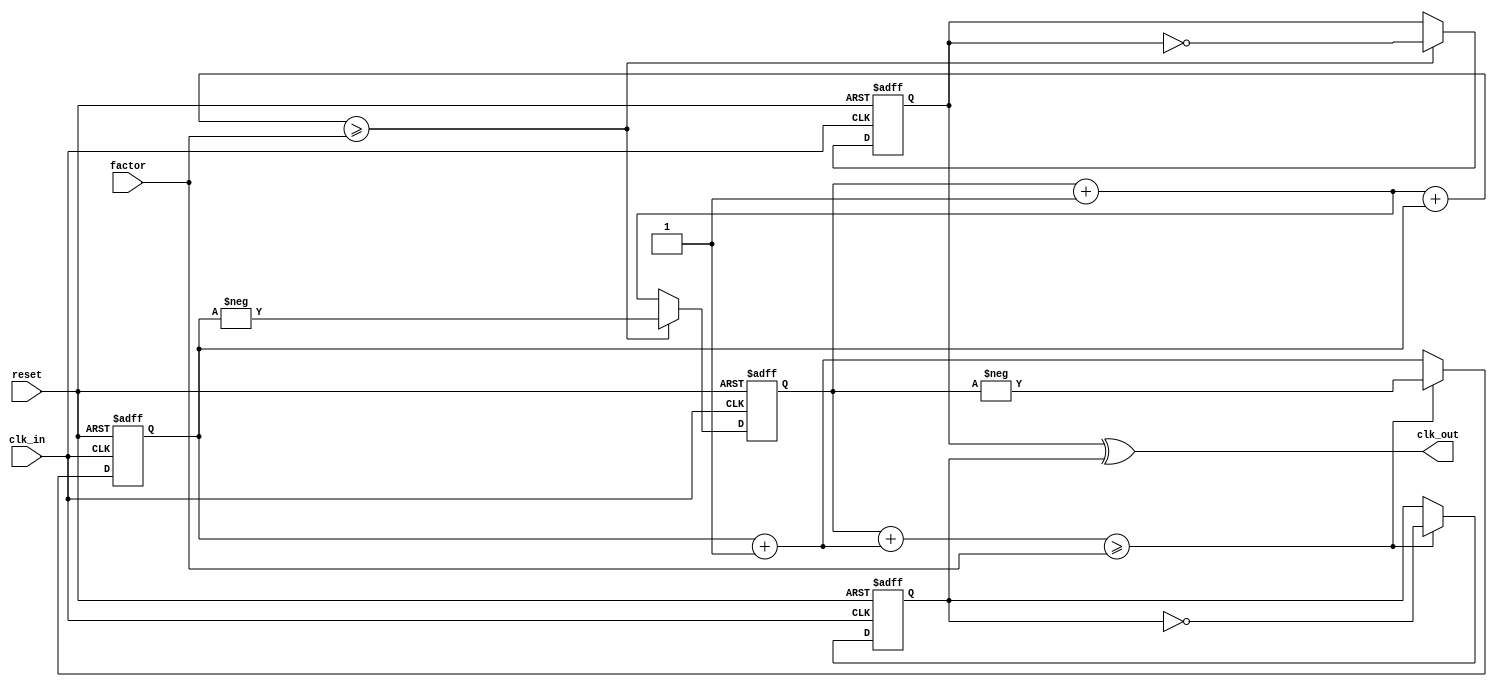
module clk_divider (
	input reset,
	input [31:0] factor,
	input clk_in,
	output clk_out
);

reg [31:0] ctr_p;
reg [31:0] ctr_n;
reg out_p;
reg out_n;

assign clk_out = out_p ^ out_n;

always @(posedge clk_in, posedge reset) begin
	if(reset) begin
		ctr_p <= 0;
		out_p <= 0;
	end
	else begin
		ctr_p = ctr_p + 1;
		if(ctr_p + ctr_n >= factor) begin
			ctr_p <= -ctr_n;
			out_p <= ~out_p;
		end
	end
end

always @(negedge clk_in, posedge reset) begin
	if(reset) begin
		ctr_n <= 0;
		out_n <= 0;
	end
	else begin
		ctr_n = ctr_n + 1;
		if(ctr_p + ctr_n >= factor) begin
			ctr_n <= -ctr_p;
			out_n <= ~out_n;
		end
	end
end

endmodule